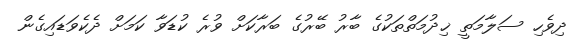
ދިވެހި ސަލާމަތީ ޚިދުމަތްތަކުގެ ބާރު ބޭރުގެ ބަރާކަށް ވުރެ ކުޑަވާ ކަމަށް ދެކެވަޑައިގެން